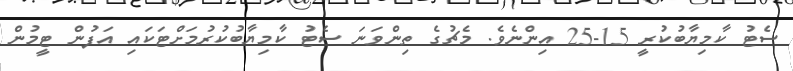
ސެޓު ކާމިޔާބުކުރީ 15-25 އިންނެވެ. މެޗުގެ ތިންވަނަ ސެޓު ކާމިޔާބުކުރުމަށްޓަކައި އަފުން ޓީމުން